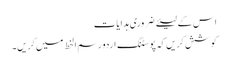
اس کے لیئے ضروری ہدایات
کوشش کریں کہ پوسٹنگ اردو رسم الخط میں کریں۔